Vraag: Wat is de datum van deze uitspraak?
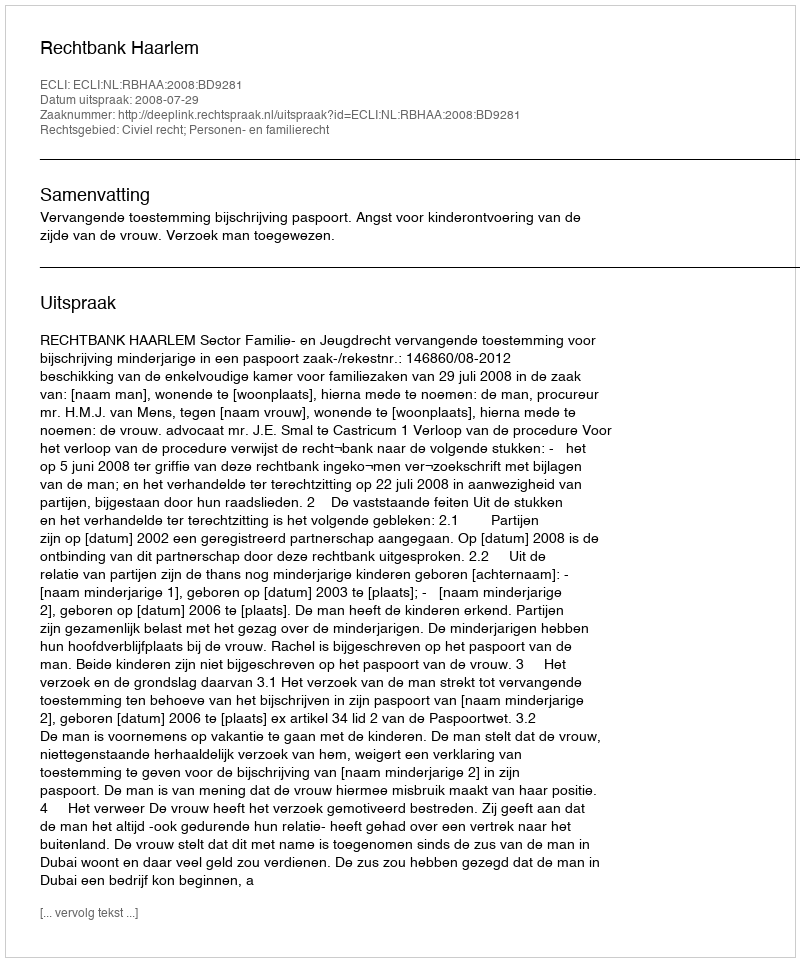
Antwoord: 2008-07-29